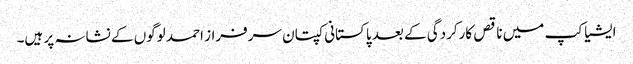
ایشیا کپ میں ناقص کارکردگی کے بعد پاکستانی کپتان سرفراز احمد لوگوں کے نشانہ پر ہیں۔